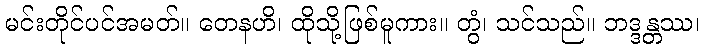
မင်းတိုင်ပင်အမတ်။ တေနဟိ၊ ထိုသို့ဖြစ်မူကား။ တွံ၊ သင်သည်။ ဘဒ္ဒန္တဿ၊